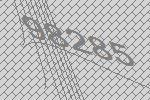
98285